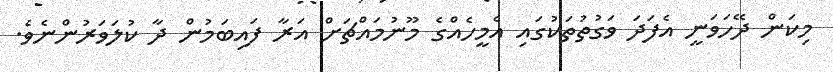
މިކަން ދޭހަވަނީ އެފަދަ ވަގުތުތަކުގައި އެމީހެއްގެ މޫނުމައްޗަށް އަރާ ފައިބަމުން ދާ ކުލަވަރުންނެވެ.